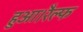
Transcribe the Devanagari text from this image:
हुआ।रैल्फ